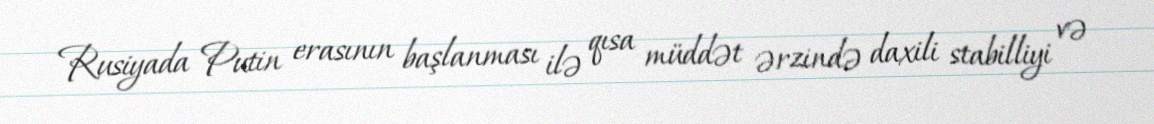
Rusiyada Putin erasının başlanması ilə qısa müddət ərzində daxili stabilliyi və